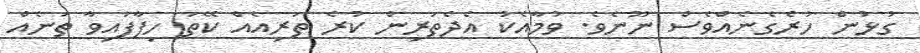
ގުޅުން ހުރެގެނެއްވެސް ނޫނެވެ. ވުމާއެކު އެދެތަރިން ކުރެ ތަރިއެއް ކޭތަ ހިފާފައިވާ ތަނެއް